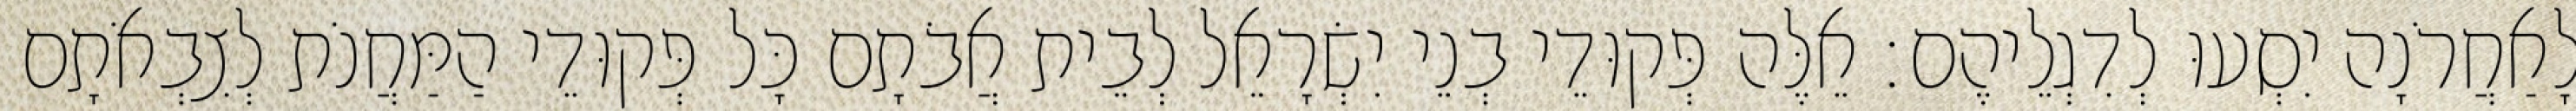
לָאַחֲרֹנָה יִסְעוּ לְדִגְלֵיהֶם׃ אֵלֶּה פְּקוּדֵי בְנֵי יִשְׂרָאֵל לְבֵית אֲבֹתָם כָּל פְּקוּדֵי הַמַּחֲנֹת לְצִבְאֹתָם